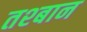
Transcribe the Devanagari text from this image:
तश्बान